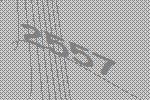
2557